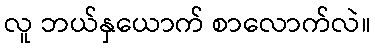
လူ ဘယ်နှယောက် စာလောက်လဲ။